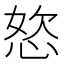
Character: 𭝆